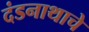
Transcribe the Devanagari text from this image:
दंडनाथाचे